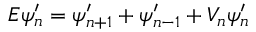
E \psi _ { n } ^ { \prime } = \psi _ { n + 1 } ^ { \prime } + \psi _ { n - 1 } ^ { \prime } + V _ { n } \psi _ { n } ^ { \prime }